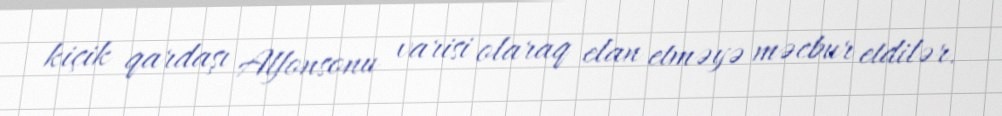
kiçik qardaşı Alfonsonu varisi olaraq elan etməyə məcbur etdilər.